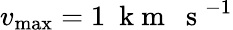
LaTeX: v_{\mathrm{max}}=1~\mathrm{~k~m~~~s~}^{-1}